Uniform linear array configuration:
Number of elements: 48
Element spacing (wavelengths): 1
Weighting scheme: exponential
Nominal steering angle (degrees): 60
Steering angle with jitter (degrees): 59.3
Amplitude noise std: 0.05
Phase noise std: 0.05

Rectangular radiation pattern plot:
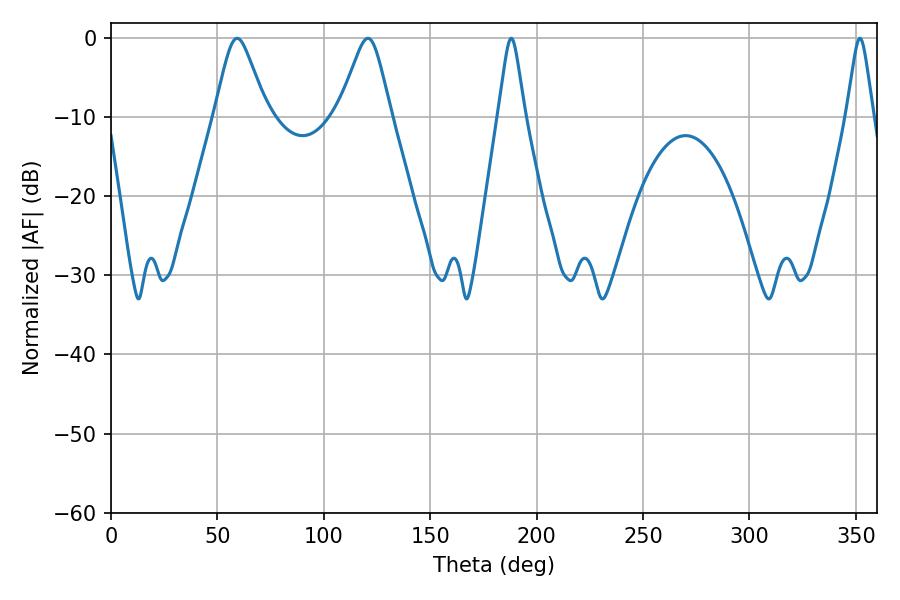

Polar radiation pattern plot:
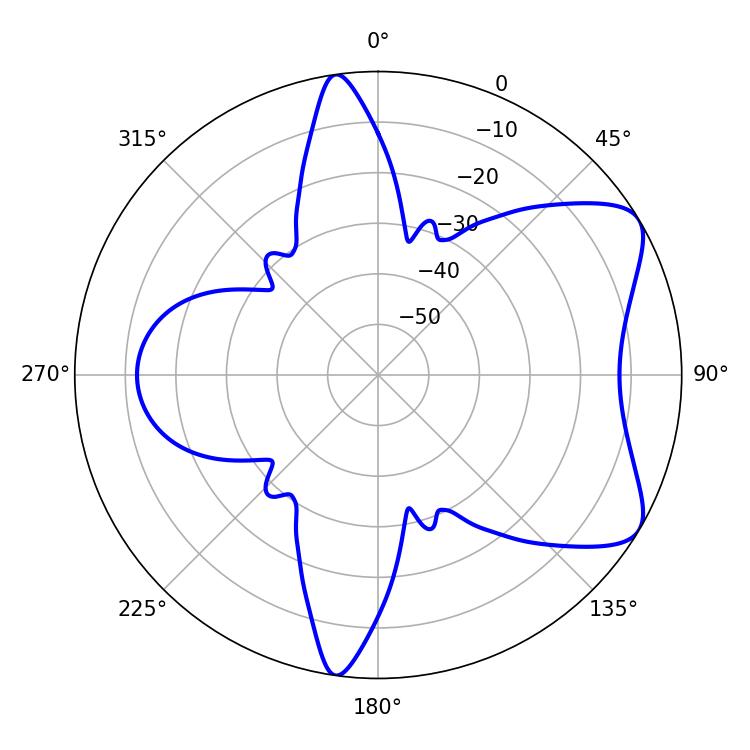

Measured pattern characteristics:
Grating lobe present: TRUE
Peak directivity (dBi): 7.085
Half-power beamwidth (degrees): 11.52
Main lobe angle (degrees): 59.22